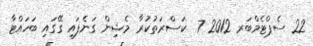
22 ސެޕްޓެމްބަރ 2012 7  ކަސްރަތުކުރާ މެޝިން ގަނެފައި ގޭގައި ބަހައްޓާ